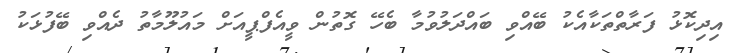
އިދިކޮޅު ފަރާތްތަކާއެކު ބޭއްވި ބައްދަލުވުމާ ބެހޭ ގޮތުން ވީއެފްޕީއަށް މައުލޫމާތު ދެއްވި ބޭފުޅަކު